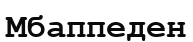
Мбаппеден